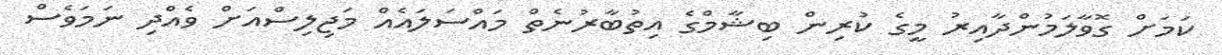
ކަމަށް ގޮވާލަމުންދާއިރު މީގެ ކުރިން ބިޝާމްގެ އިތުބާރުނެތް މައްސަލައެއް މަޖިލިސްއަށް ވެއްދި ނަމަވެސް